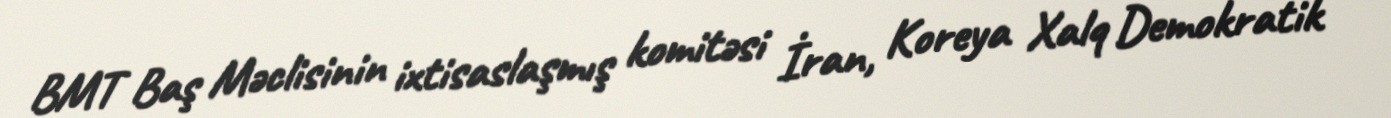
BMT Baş Məclisinin ixtisaslaşmış komitəsi İran, Koreya Xalq Demokratik